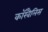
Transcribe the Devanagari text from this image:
कॉरवैलिस